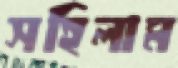
সহিলাম